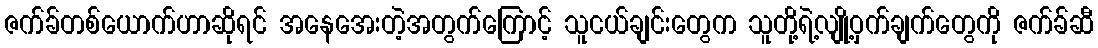
ဇက်ခ်တစ်ယောက်ဟာဆိုရင် အနေအေးတဲ့အတွက်ကြောင့် သူငယ်ချင်းတွေက သူတို့ရဲ့လျို့ဝှက်ချက်တွေကို ဇက်ခ်ဆီ